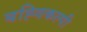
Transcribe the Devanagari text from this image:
बह्विकल्पी